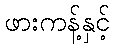
ဖားကန့်နှင့်